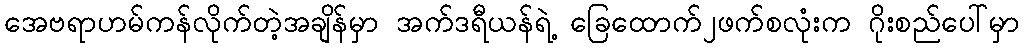
အေဗရာဟမ်ကန်လိုက်တဲ့အချိန်မှာ အက်ဒရီယန်ရဲ့ ခြေထောက်၂ဖက်စလုံးက ဂိုးစည်ပေါ်မှာ